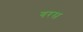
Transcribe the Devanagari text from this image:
गरस